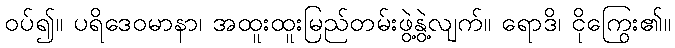
ဝပ်၍။ ပရိဒေဝမာနာ၊ အထူးထူးမြည်တမ်းဖွဲ့နွဲ့လျက်။ ရောဒိ၊ ငိုကြွေး၏။